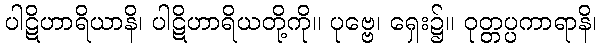
ပါဋိဟာရိယာနိ၊ ပါဋိဟာရိယတို့ကို။ ပုဗ္ဗေ၊ ရှေး၌။ ဝုတ္တပ္ပကာရာနိ၊